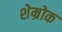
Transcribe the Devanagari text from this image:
शेम्रोक